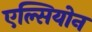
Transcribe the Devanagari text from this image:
एल्सियोन